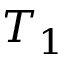
T _ { 1 }